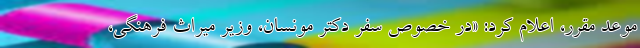
موعد مقرر، اعلام کرد: «در خصوص سفر دکتر مونسان، وزیر میراث فرهنگی،